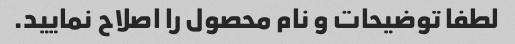
لطفا توضیحات و نام محصول را اصلاح نمایید.